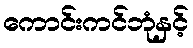
ကောင်းကင်ဘုံနှင့်